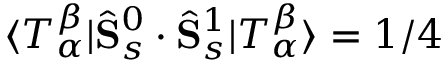
\langle T _ { \alpha } ^ { \beta } | \hat { \mathbf { S } } _ { s } ^ { 0 } \cdot \hat { \mathbf { S } } _ { s } ^ { 1 } | T _ { \alpha } ^ { \beta } \rangle = 1 / 4